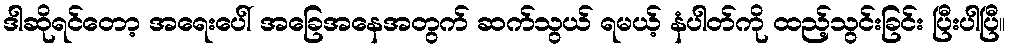
ဒါဆိုရင်တော့ အရေးပေါ် အခြေအနေအတွက် ဆက်သွယ် ရမယ့် နံပါတ်ကို ထည့်သွင်းခြင်း ပြီးပါပြီ။